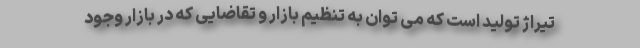
تیراژ تولید است که می توان به تنظیم بازار و تقاضایی که در بازار وجود